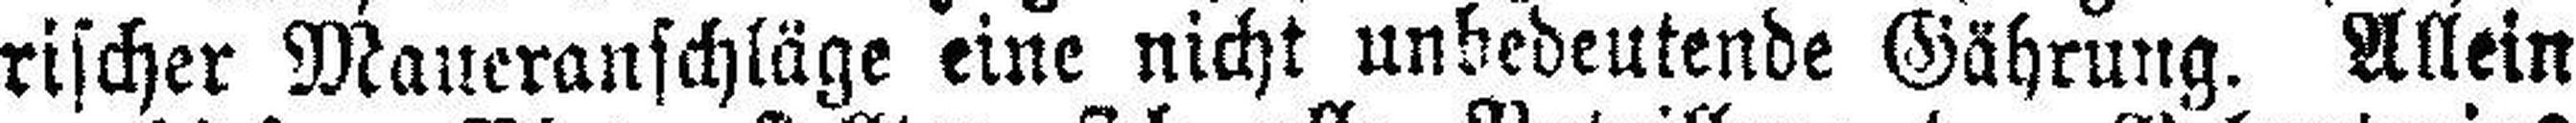
rischer Maueranschläge eine nicht unbedeutende Gährung. Allein